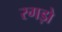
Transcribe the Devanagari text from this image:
रगड़ो